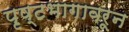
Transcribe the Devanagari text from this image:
पृष्टभागावरून